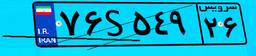
۷۶S۵۴۹۲۶